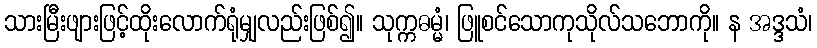
သားမြီးဖျားဖြင့်ထိုးလောက်ရုံမျှလည်းဖြစ်၍။ သုက္ကဓမ္မံ၊ ဖြူစင်သောကုသိုလ်သဘောကို။ န အဒ္ဒသံ၊